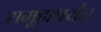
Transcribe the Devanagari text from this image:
समूहापर्यंत